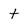
Character: t